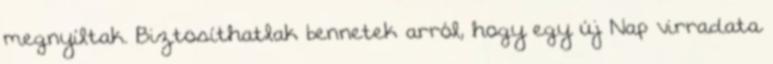
megnyíltak. Biztosíthatlak bennetek arról, hogy egy új Nap virradata